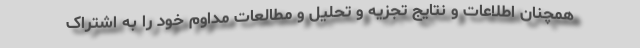
همچنان اطلاعات و نتایج تجزیه و تحلیل و مطالعات مداوم خود را به اشتراک